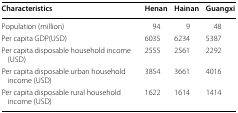
<table><thead><tr><td><b>Characteristics</b></td><td><b>Henan</b></td><td><b>Hainan</b></td><td><b>Guangxi</b></td></tr></thead><tbody><tr><td>Population (million)</td><td>94</td><td>9</td><td>48</td></tr><tr><td>Per capita GDP(USD)</td><td>6035</td><td>6234</td><td>5387</td></tr><tr><td>Per capita disposable household income (USD)</td><td>2555</td><td>2561</td><td>2292</td></tr><tr><td>Per capita disposable urban household income (USD)</td><td>3854</td><td>3661</td><td>4016</td></tr><tr><td>Per capita disposable rural household income (USD)</td><td>1622</td><td>1614</td><td>1414</td></tr></tbody></table>